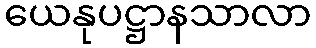
ယေနုပဋ္ဌာနသာလာ